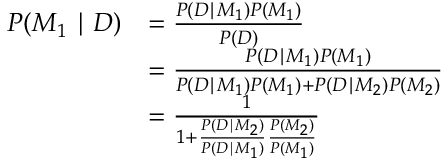
{ \begin{array} { r l } { P ( M _ { 1 } \mid D ) } & { = { \frac { P ( D \mid M _ { 1 } ) P ( M _ { 1 } ) } { P ( D ) } } } \\ & { = { \frac { P ( D \mid M _ { 1 } ) P ( M _ { 1 } ) } { P ( D \mid M _ { 1 } ) P ( M _ { 1 } ) + P ( D \mid M _ { 2 } ) P ( M _ { 2 } ) } } } \\ & { = { \frac { 1 } { 1 + { \frac { P ( D \mid M _ { 2 } ) } { P ( D \mid M _ { 1 } ) } } { \frac { P ( M _ { 2 } ) } { P ( M _ { 1 } ) } } } } } \end{array} }